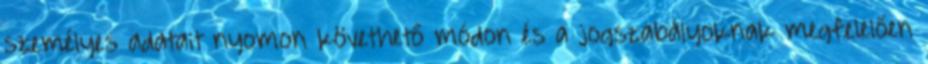
személyes adatait nyomon követhető módon és a jogszabályoknak megfelelően